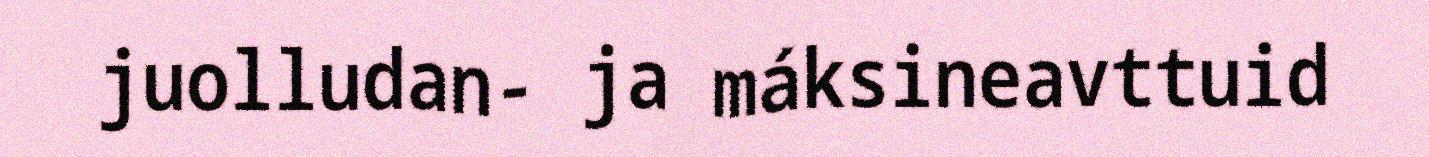
juolludan- ja máksineavttuid